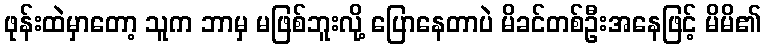
ဖုန်းထဲမှာတော့ သူက ဘာမှ မဖြစ်ဘူးလို့ ပြောနေတာပဲ မိခင်တစ်ဦးအနေဖြင့် မိမိ၏